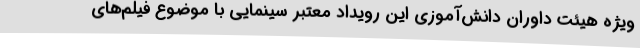
ویژه هیئت داوران دانش‌آموزی این رویداد معتبر سینمایی با موضوع فیلم‌های